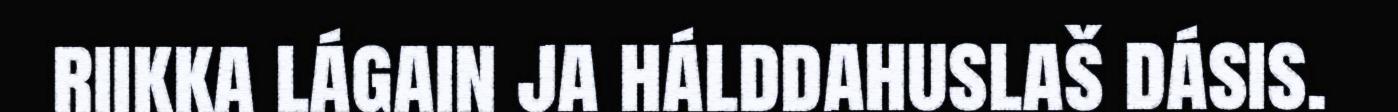
riikka lágain ja hálddahuslaš dásis.